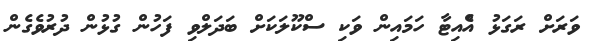
ވަރަށް ރަގަޅު އެްއިޓާ ހަމައިން ވަކި ސްކޫލަކަށް ބަދަލްވި ފަހުން ގުޅުން ދުރުވެގެން